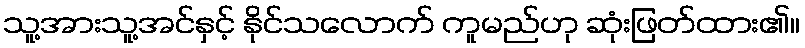
သူ့အားသူ့အင်နှင့် နိုင်သလောက် ကူမည်ဟု ဆုံးဖြတ်ထား၏။